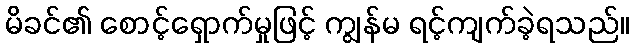
မိခင်၏ စောင့်ရှောက်မှုဖြင့် ကျွန်မ ရင့်ကျက်ခဲ့ရသည်။